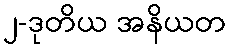
၂-ဒုတိယ အနိယတ